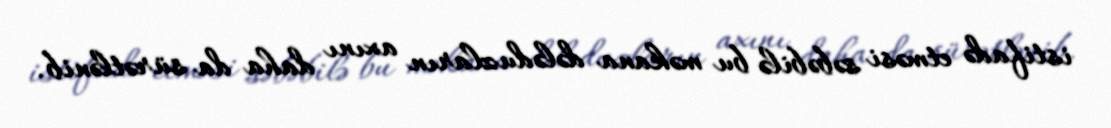
istifadə etməsi səbəbilə bu məkana dələduzların axını daha da sürətlənib.